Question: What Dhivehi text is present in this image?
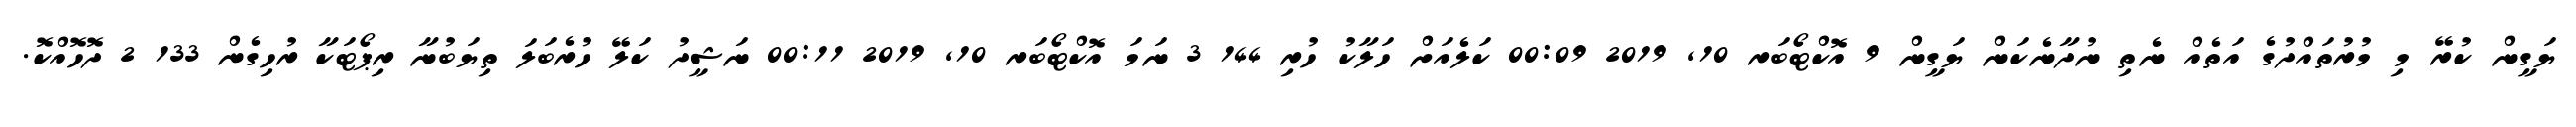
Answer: ޔަގީން ކުރޭ މި މުރުތައްދުގެ އަތެއް ނެތި ނުދާނެކަން ޔަގީން 9 އޮކްޓޯބަރ 10, 2019 00:09 ކަލެއަށް ހަލާކު ހުރި 144 3 ނަމަ އޮކްޓޯބަރ 10, 2019 00:11 ނަޝީދު ކަލޭ ހުރެބަލަ ތިޔަބުނާ ރިޕޯޓަކާ ރުހިގެން 133 2 ދޮހޮއްކޮ.